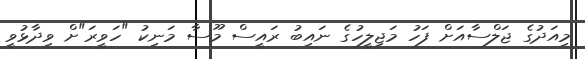
މިއަދުގެ ޖަލްސާއަށް ފަހު މަޖިލީހުގެ ނައިބު ރައީސް މޫސާ މަނިކު "ހަވީރަ"ށް ވިދާޅުވީ